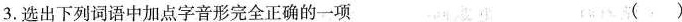
3.选出下列词语中加点字音形完全正确的一项 ()